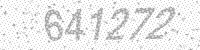
Solution: 641272